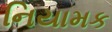
નિયામક